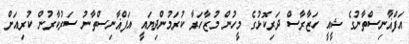
އަފްޣާނިސްތާނުގެ ޝީއީ ހަޒާރާސް ދަރިކޮޅުގެ މީހުން މުޒާހަރާ ކުރަމުންދިޔައީ އަފްޣާނިސްތާނު ސަރުކާރުން ކުރިއަށް